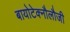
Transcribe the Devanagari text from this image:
बायोटेक्नौलौजी